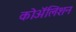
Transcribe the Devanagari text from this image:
कोॲलिशन